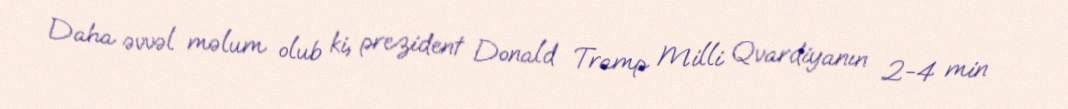
Daha əvvəl məlum olub ki, prezident Donald Tramp Milli Qvardiyanın 2-4 min